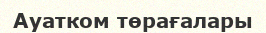
Ауатком төрағалары